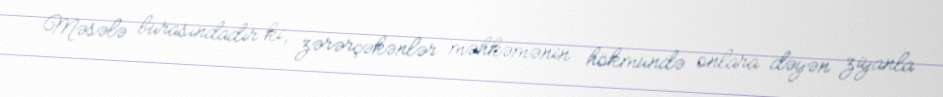
Məsələ burasındadır ki, zərərçəkənlər məhkəmənin hökmündə onlara dəyən ziyanla